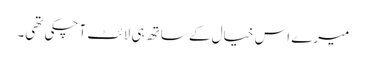
میرے اس خیال کے ساتھ ہی لائٹ آ چکی تھی۔